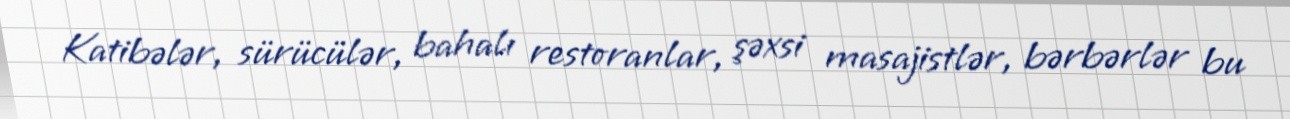
Katibələr, sürücülər, bahalı restoranlar, şəxsi masajistlər, bərbərlər bu